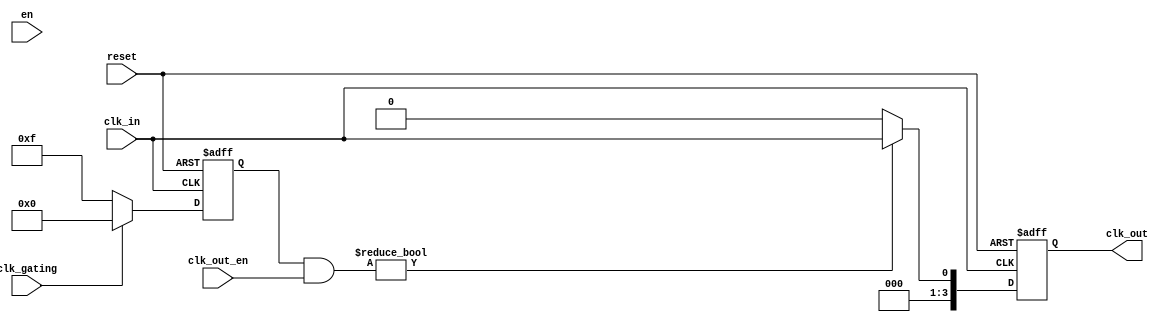
module LowPowerClockBuffer #(
    parameter NUM_OUTPUTS = 4, // Configurable number of clock outputs
    parameter CLK_THROTTLE_TIME = 2 // Time to throttle clock when EN is low
)(
    input wire clk_in,           // Single-ended clock input
    input wire en,               // Enable signal
    input wire [NUM_OUTPUTS-1:0] clk_out_en, // Enable for each clock output
    input wire clk_gating,       // Clock gating control signal
    output reg [NUM_OUTPUTS-1:0] clk_out, // Multiple clock outputs
    input wire reset              // Asynchronous reset signal
);

    reg [NUM_OUTPUTS-1:0] gated_clk; // Gated clock signal

    // Clock Gating Logic
    always @(posedge clk_in or posedge reset) begin
        if (reset) begin
            gated_clk <= {NUM_OUTPUTS{1'b0}};
        end else if (clk_gating) begin
            gated_clk <= {NUM_OUTPUTS{1'b0}};
        end else begin
            gated_clk <= {NUM_OUTPUTS{1'b1}};
        end
    end

    // Clock Output Logic
    always @(posedge clk_in or posedge reset) begin
        if (reset) begin
            clk_out <= {NUM_OUTPUTS{1'b0}};
        end else begin
            // Output the clock signals based on enable
            clk_out <= (gated_clk & clk_out_en) ? clk_in : 1'b0;
        end
    end

endmodule